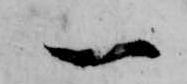
一